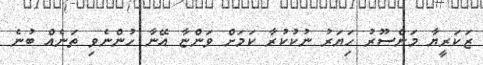
ޒަކަރީޔާ މަންސޫރު ހަިޔަރު ނުކުކުރާ ކަމަށް ވަންޏާ އޭނާ ހުންނެވި ތަނެއް ބުނެ